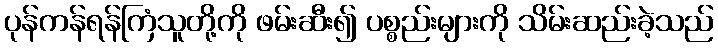
ပုန်ကန်ရန်ကြံသူတို့ကို ဖမ်းဆီး၍ ပစ္စည်းများကို သိမ်းဆည်းခဲ့သည်